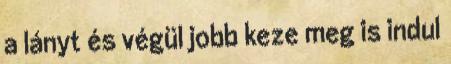
a lányt és végül jobb keze meg is indul